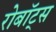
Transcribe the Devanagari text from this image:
रोबॉट्स